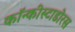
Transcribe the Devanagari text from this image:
कॉन्कीस्टाडोरस